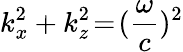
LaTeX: k_{x}^{2}+k_{z}^{2}\! =\! (\frac{\omega}{c})^{2}